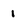
Character: 1